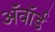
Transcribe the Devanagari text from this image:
अॅवॉर्ड